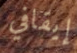
إيقافي